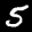
Label: 5